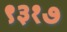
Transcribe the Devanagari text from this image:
९३१७